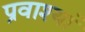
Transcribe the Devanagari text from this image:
प्रवाश्यां